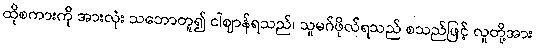
ထိုစကားကို အားလုံး သဘောတူ၍ ငါဈာန်ရသည်၊ သူမဂ်ဖိုလ်ရသည် စသည်ဖြင့် လူတို့အား